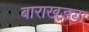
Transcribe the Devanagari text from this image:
बाराखड्या